Scottish Leaving Certificate Examination, 1959
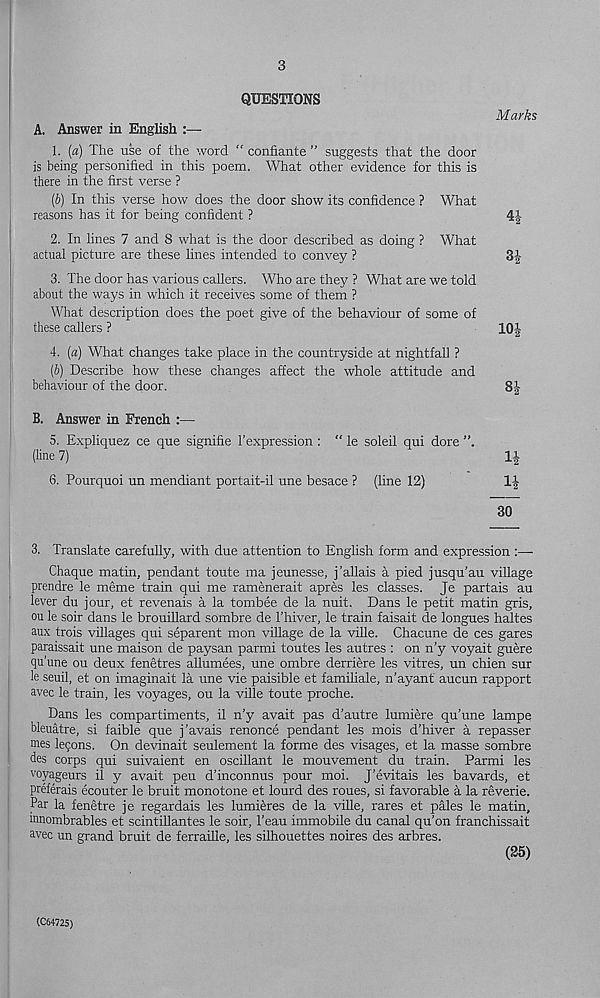
3
QUESTIONS
A. Answer in English :—
1. (a) The use of the word “ confiante ” suggests that the door
is being personified in this poem. What other evidence for this is
there in the first verse ?
(b) In this verse how does the door show its confidence ? What
reasons has it for being confident ?
2. In lines 7 and 8 what is the door described as doing ? What
actual picture are these lines intended to convey ?
3. The door has various callers. Who are they ? What are we told
about the ways in which it receives some of them ?
What description does the poet give of the behaviour of some of
these callers ?
4. (a) What changes take place in the countryside at nightfall ?
(b) Describe how these changes affect the whole attitude and
behaviour of the door.
B. Answer in French :—
5. Expliquez ce que signifie 1’expression : “ le soleil qui dore
(line 7)
6. Pourquoi un mendiant portait-il une besace ? (line 12)
Marks
4J
3i
10i
8|
li
30
3. Translate carefully, with due attention to English form and expression:—-
Chaque matin, pendant toute ma jeunesse, j’allais a pied jusqu’au village
prendre le meme train qui me ramenerait apres les classes. Je partais au
lever du jour, et revenais a la tombee de la nuit. Dans le petit matin gris,
ou le soir dans le brouillard sombre de 1’hiver, le train faisait de longues haltes
aux trois villages qui separent mon village de la ville. Chacune de ces gares
paraissait une maison de paysan parmi toutes les autres : on n’y voyait guere
qu’une ou deux fenetres allumees, une ombre derriere les vitres, un chien sur
le seuil, et on imaginait la une vie paisible et famihale, n'ayant aucun rapport
avec le train, les voyages, ou la ville toute proche.
Dans les compartiments, il n’y avait pas d’autre lumiere qu’une lampe
bleuatre, si faible que j'avais renonce pendant les mois d’hiver a repasser
mes leqons. On devinait seulement la forme des visages, et la masse sombre
des corps qui suivaient en oscillant le mouvement du train. Parmi les
voyageurs il y avait peu d’inconnus pour moi. J’evitais les bavards, et
preferais ecouter le bruit monotone et lourd des roues, si favorable a la reverie.
Par la fenetre je regardais les lumieres de la ville, rares et pales le matin,
innombrables et scintillantes le soir, 1’eau immobile du canal qu’on franchissait
avec un grand bruit de ferraille, les silhouettes noires des arbres.
(25)
(C64725)